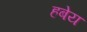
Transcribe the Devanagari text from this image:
हबेय